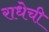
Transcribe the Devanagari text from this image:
राधेची